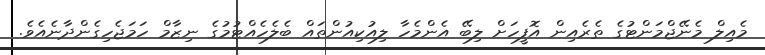
މެއިލް މެނޭޖްމަންޓުގެ ތެރެއިން އޮފީހަށް ލިބޭ އެންމެހާ ލިއުކިއުންތައް ބެލެހެއްޓުމުގެ ނިޒާމް ހަމަޖެހިގެންދާނެއެވެ.